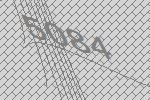
5084